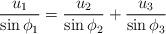
LaTeX: \begin{align*}\frac{u_1}{\sin \phi_1} = \frac{u_2}{\sin \phi_2} + \frac{u_3}{\sin \phi_3}\end{align*}